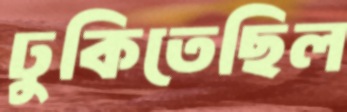
ঢুকিতেছিল